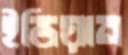
ইন্ডিয়ান